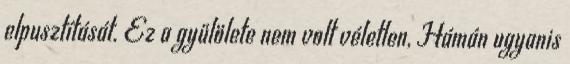
elpusztítását. Ez a gyűlölete nem volt véletlen, Hámán ugyanis